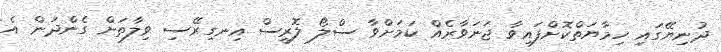
ދުނިޔޭގައި ހިމާޔަތްކޮށްފައިވާ ޖަނަވާރެއް ކަމަށްވާ ސްލޯ ލޮރީސް އިނގިރޭސި ވިލާތަށް ގެންދަން އެ